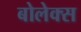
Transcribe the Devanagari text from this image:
बोलेक्स